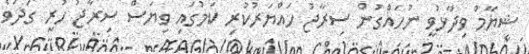
ޝިޔާމް ވިދާޅުވީ ނުހައްގުން ސިރާޖު ހައްޔަރުކުރި ކަމުގައި ވިޔަސް ސިރާޖު ހުރީ ގަދަވެ